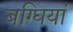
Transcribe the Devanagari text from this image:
बग्घियां